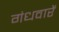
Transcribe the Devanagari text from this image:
गंधवारें